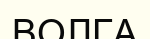
ВОЛГА